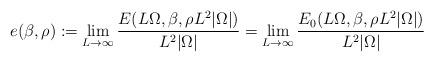
LaTeX: \begin{align*} e(\beta , \rho) := \lim_{L\to \infty} \frac{E (L \Omega, \beta, \rho L ^2|\Omega|)}{L ^2|\Omega|} = \lim_{L\to \infty} \frac{E_0 (L \Omega, \beta, \rho L ^2|\Omega|)}{L ^2|\Omega|}\end{align*}